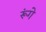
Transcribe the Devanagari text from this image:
रूंगे